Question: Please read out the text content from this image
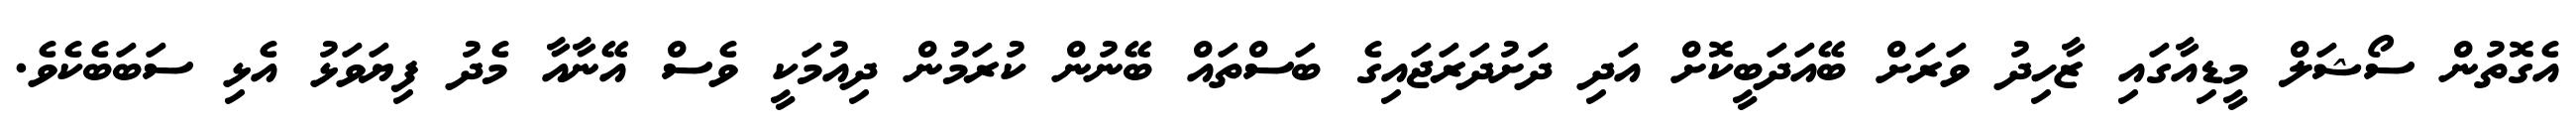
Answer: އެގޮތުން ސޯޝަލް މީޑިއާގައި ޒާހިދު ވަރަށް ބޭއަދަބީކޮށް އަދި ދަށުދަރަޖައިގެ ބަސްތައް ބޭނުން ކުރަމުން ދިއުމަކީ ވެސް އޭނާއާ މެދު ފިޔަވަޅު އެޅި ސަބަބެކެވެ.